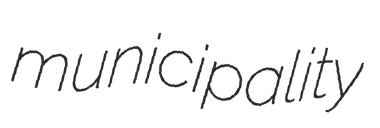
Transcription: municipality